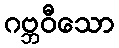
ဂဗ္ဘဝီသော